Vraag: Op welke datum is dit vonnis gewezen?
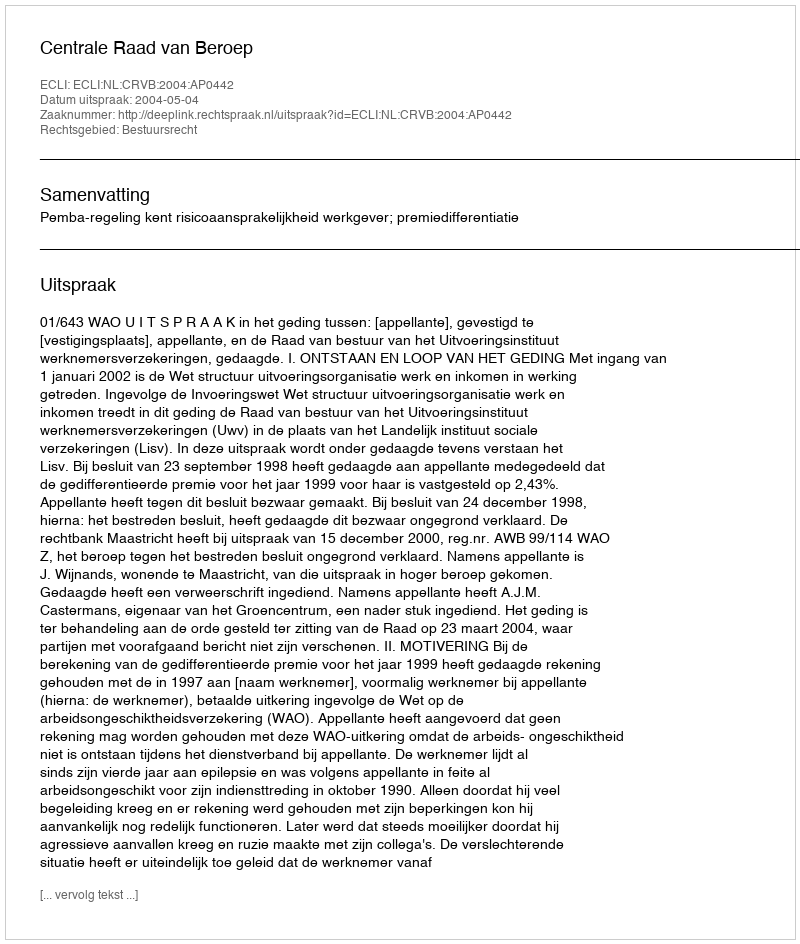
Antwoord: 2004-05-04